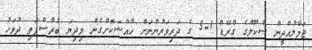
ޖަމާލުއްދީން ސްކޫލްގެ ގްރޭޑް 1-5 ގެ ދަރިވަރުންނަށް ހާއްސަކޮށްގެން މިދިޔަ ބުރާސްފަތި ދުވަހު